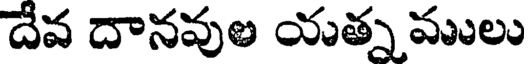
దేవ దానవుల యత్న ములు